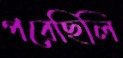
পরেছিলি